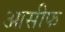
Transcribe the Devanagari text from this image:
आसीफ